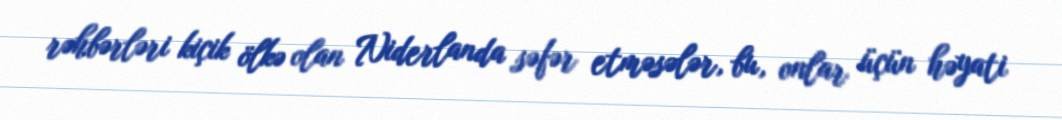
rəhbərləri kiçik ölkə olan Niderlanda səfər etməsələr, bu, onlar üçün həyati